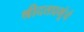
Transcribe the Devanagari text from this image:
श्रीदत्तप्रभूंचे